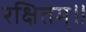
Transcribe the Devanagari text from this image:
रक्षितम्॥